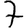
Digit: 7